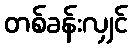
တစ်ခန်းလျှင်